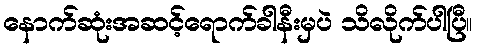
နောက်ဆုံးအဆင့်ရောက်ခါနီးမှပဲ သိလိုက်ပါပြီ။